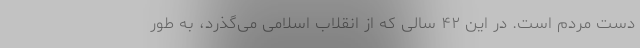
دست مردم است. در این ۴۲ سالی که از انقلاب اسلامی می‌گذرد، به طور